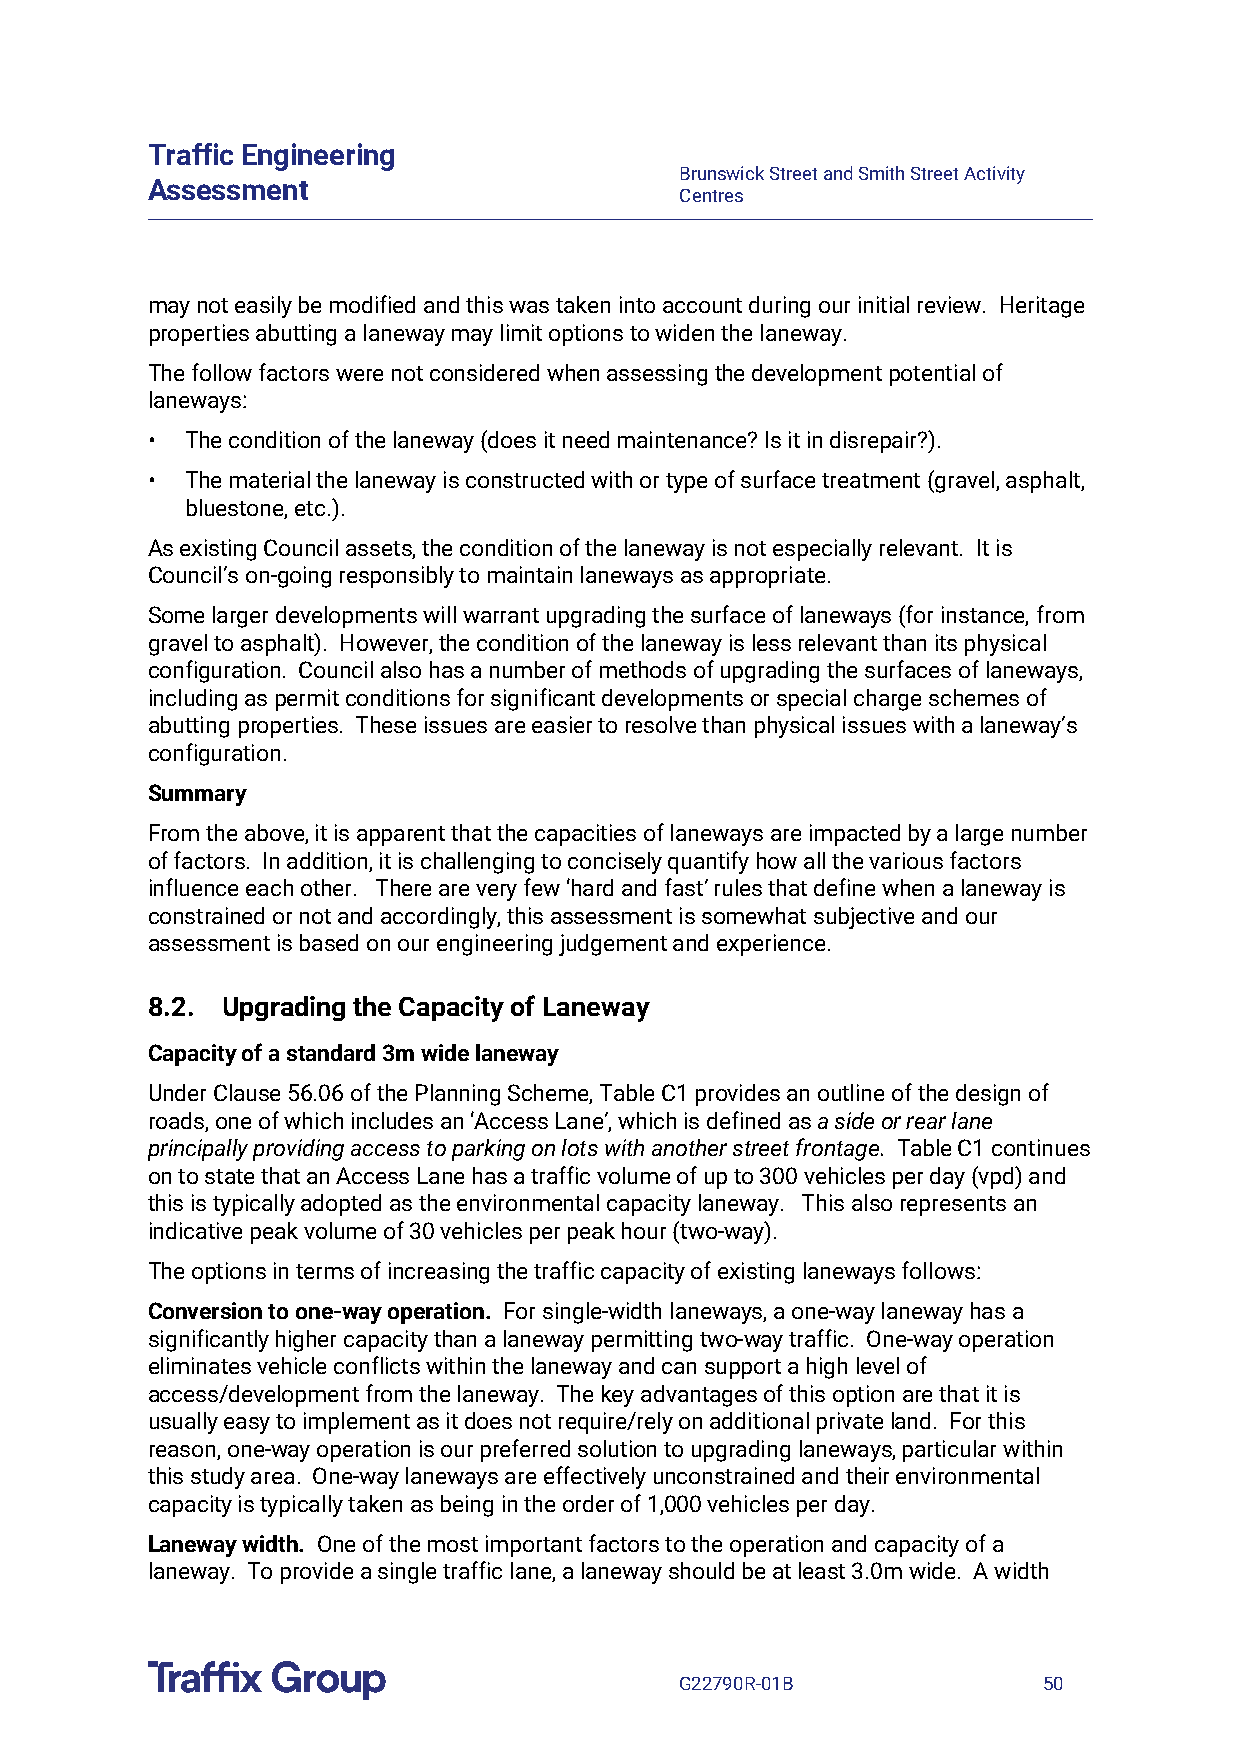
Traffic Engineering
 Brunswick Street and Smith Street Activity
 Assessment
 Centres
 may not easily be modified and this was taken into account during our initial review. Heritage
 properties abutting a laneway may limit options to widen the laneway.
 The follow factors were not considered when assessing the development potential of
 laneways:
 • The condition of the laneway (does it need maintenance? Is it in disrepair?).
 • The material the laneway is constructed with or type of surface treatment (gravel, asphalt,
 bluestone, etc.).
 As existing Council assets, the condition of the laneway is not especially relevant. It is
 Council’s on-going responsibly to maintain laneways as appropriate.
 Some larger developments will warrant upgrading the surface of laneways (for instance, from
 gravel to asphalt). However, the condition of the laneway is less relevant than its physical
 configuration. Council also has a number of methods of upgrading the surfaces of laneways,
 including as permit conditions for significant developments or special charge schemes of
 abutting properties. These issues are easier to resolve than physical issues with a laneway’s
 configuration.
 Summary
 From the above, it is apparent that the capacities of laneways are impacted by a large number
 of factors. In addition, it is challenging to concisely quantify how all the various factors
 influence each other. There are very few ‘hard and fast’ rules that define when a laneway is
 constrained or not and accordingly, this assessment is somewhat subjective and our
 assessment is based on our engineering judgement and experience.
 8.2. Upgrading the Capacity of Laneway
 Capacity of a standard 3m wide laneway
 Under Clause 56.06 of the Planning Scheme, Table C1 provides an outline of the design of
 roads, one of which includes an ‘Access Lane’, which is defined as a side or rear lane
 principally providing access to parking on lots with another street frontage. Table C1 continues
 on to state that an Access Lane has a traffic volume of up to 300 vehicles per day (vpd) and
 this is typically adopted as the environmental capacity laneway. This also represents an
 indicative peak volume of 30 vehicles per peak hour (two-way).
 The options in terms of increasing the traffic capacity of existing laneways follows:
 Conversion to one-way operation. For single-width laneways, a one-way laneway has a
 significantly higher capacity than a laneway permitting two-way traffic. One-way operation
 eliminates vehicle conflicts within the laneway and can support a high level of
 access/development from the laneway. The key advantages of this option are that it is
 usually easy to implement as it does not require/rely on additional private land. For this
 reason, one-way operation is our preferred solution to upgrading laneways, particular within
 this study area. One-way laneways are effectively unconstrained and their environmental
 capacity is typically taken as being in the order of 1,000 vehicles per day.
 Laneway width. One of the most important factors to the operation and capacity of a
 laneway. To provide a single traffic lane, a laneway should be at least 3.0m wide. A width
 G22790R-01B             50